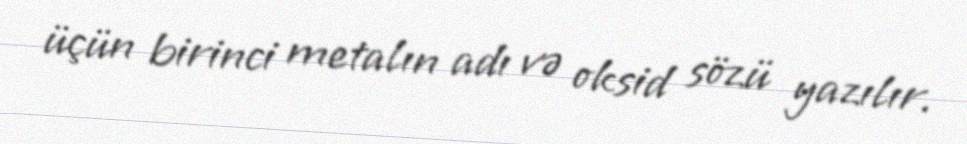
üçün birinci metalın adı və oksid sözü yazılır.